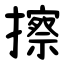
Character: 擦